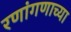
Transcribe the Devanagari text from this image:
रणांगणाच्या